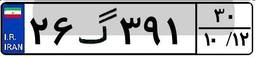
۲۶گ۳۹۱۳۰